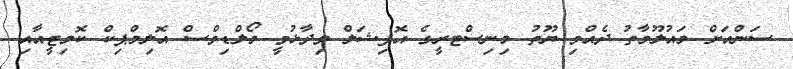
ސަންއަށް މައުލޫމާތު ދެއްވި ޔޫތު މިނިސްޓރީގެ އޮފިޝަލް ވިދާޅުވީ މޯލްޑިވްސް އޮލިމްޕިކް ކޮމިޓީއާއި